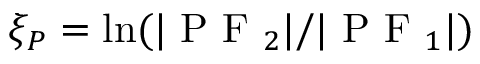
\displaystyle \xi _ { P } = \ln ( | \mathrm { ~ P ~ F ~ } _ { 2 } | / | \mathrm { ~ P ~ F ~ } _ { 1 } | )